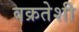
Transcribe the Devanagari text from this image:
वक्रतेशी